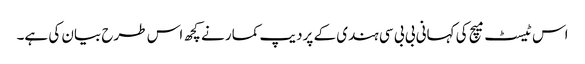
اس ٹیسٹ میچ کی کہانی بی بی سی ہندی کے پردیپ کمار نے کچھ اس طرح بیان کی ہے۔